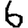
Digit: 6